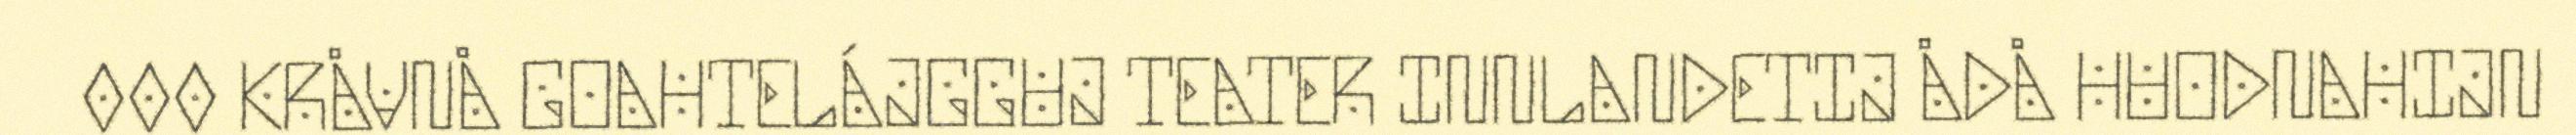
000 KRÅVNÅ GOAHTELÁJGGUJ TEATER INNLANDETIJ ÅDÅ HUODNAHIJN